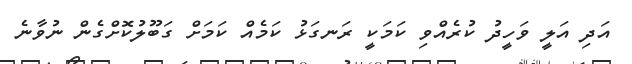
އަދި އަލީ ވަހީދު ކުރެއްވި ކަމަކީ ރަނގަޅު ކަމެއް ކަމަށް ގަބޫލުކޮށްގެން ނުވާނެ